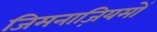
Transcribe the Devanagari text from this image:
जिमनाज़ियमों